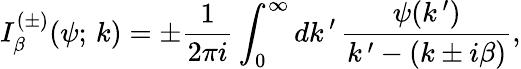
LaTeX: I_{\beta}^{(\pm)}(\psi;\, k)=\pm\frac{1}{2\pi i}\int_{0}^{\infty}dk\, ^{\prime}\, \frac{\psi(k\, ^{\prime})}{k\, ^{\prime}-(k\pm i\beta)},